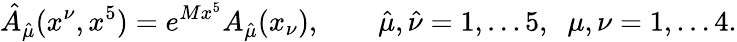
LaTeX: \hat{A}_{\hat{\mu}}(x^{\nu},x^{5})=e^{Mx^{5}}A_{\hat{\mu}}(x_{\nu}),\qquad\hat{\mu},\hat{\nu}=1,\dots 5,\; \; \mu,\nu=1,\dots 4.